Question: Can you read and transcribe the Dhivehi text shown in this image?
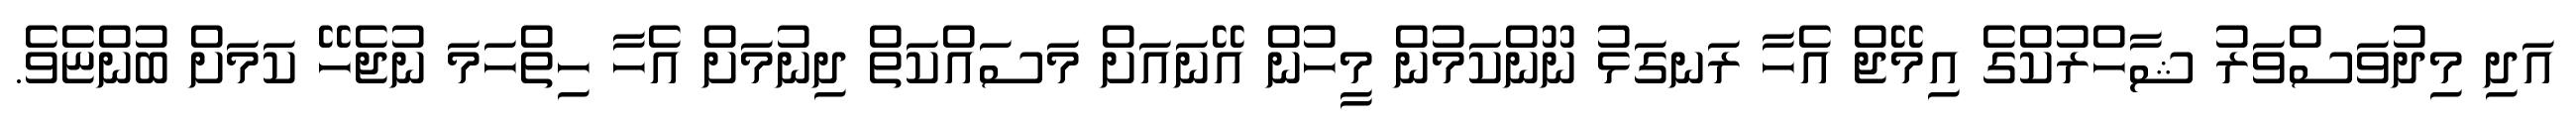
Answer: އަދި މިދުވަސްވަރު ޝާހްރުކްގެ އިމޭޖް އެހާ ރަނގަޅު ނޫންކަމުން މީހުން އޭނައަށް މަސައްކަތް ދިނުމަށް އެހާ ހިތްހަމަ ނުޖެހޭ ކަމަށް ބުންޏެވެ.